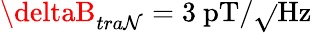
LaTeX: \deltaB_{tra\mathcal{N}}=3~\mathrm{{pT/\sqrt{}{{Hz}}}}